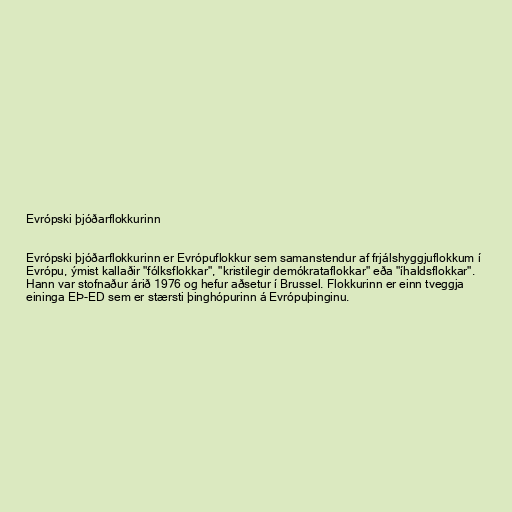
Evrópski þjóðarflokkurinn

Evrópski þjóðarflokkurinn er Evrópuflokkur sem samanstendur af frjálshyggjuflokkum í
Evrópu, ýmist kallaðir "fólksflokkar", "kristilegir demókrataflokkar" eða "íhaldsflokkar".
Hann var stofnaður árið 1976 og hefur aðsetur í Brussel. Flokkurinn er einn tveggja
eininga EÞ-ED sem er stærsti þinghópurinn á Evrópuþinginu.